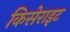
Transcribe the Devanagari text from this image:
किसेराइट